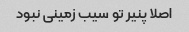
اصلا پنیر تو سیب زمینی نبود